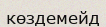
көздемейд